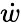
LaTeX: \dot{w}